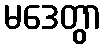
မဒေတွာ